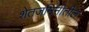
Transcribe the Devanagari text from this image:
शेतजमिनीतील